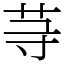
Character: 䒭